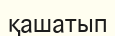
қашатып